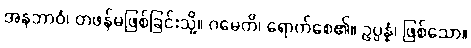
အနဘာဝံ၊ တဖန်မဖြစ်ခြင်းသို့။ ဂမေတိ၊ ရောက်စေ၏။ ဥပ္ပန္နံ၊ ဖြစ်သော။